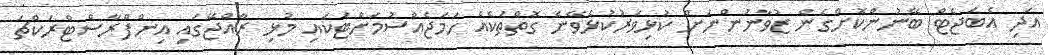
އަދި އެބަޖެޓް ބޭނުންކޮށްގެން ޒުވާނުންނަށް ކުޅިވަރުކުޅެވޭނެ ގޮތްތަކެއް ހަމަޖެއްސުމަށްޓަކައި މުޅި ރާއްޖޭގައި އިންފްރާސްޓްރަކްޗަ